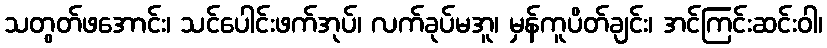
သတွတ်ဖအောင်း၊ သင်ပေါင်းဖက်အုပ်၊ လက်ခုပ်မအူ၊ မှန်ကူပိတ်ချင်း၊ အင်ကြင်းဆင်းဝါ၊